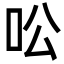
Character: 㕬